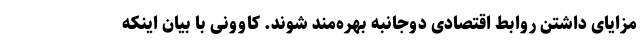
مزایای داشتن روابط اقتصادی دوجانبه بهره‌مند شوند. کاوونی با بیان اینکه